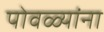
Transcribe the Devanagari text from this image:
पोवळ्यांना